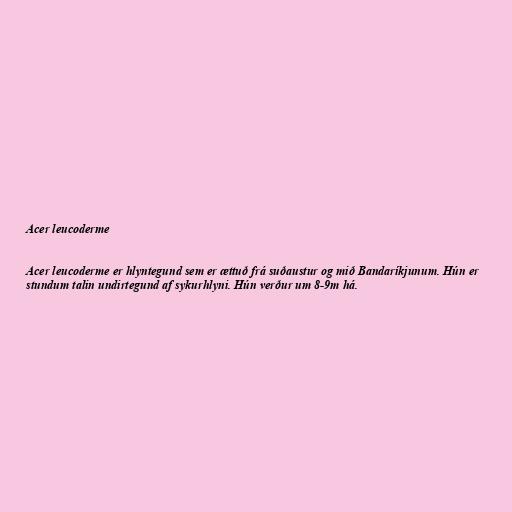
Acer leucoderme

Acer leucoderme er hlyntegund sem er ættuð frá suðaustur og mið Bandaríkjunum. Hún er
stundum talin undirtegund af sykurhlyni. Hún verður um 8-9m há.